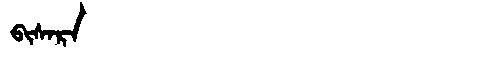
Manchu: ᠪᡳᠰᠠᡵᠠ
Romanization: BISARA